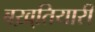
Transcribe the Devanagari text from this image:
बख़्तियारी